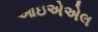
આઇએએલ